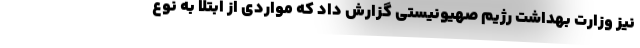
نیز وزارت بهداشت رژیم صهیونیستی گزارش داد که مواردی از ابتلا به نوع